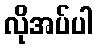
လိုအပ်ပါ